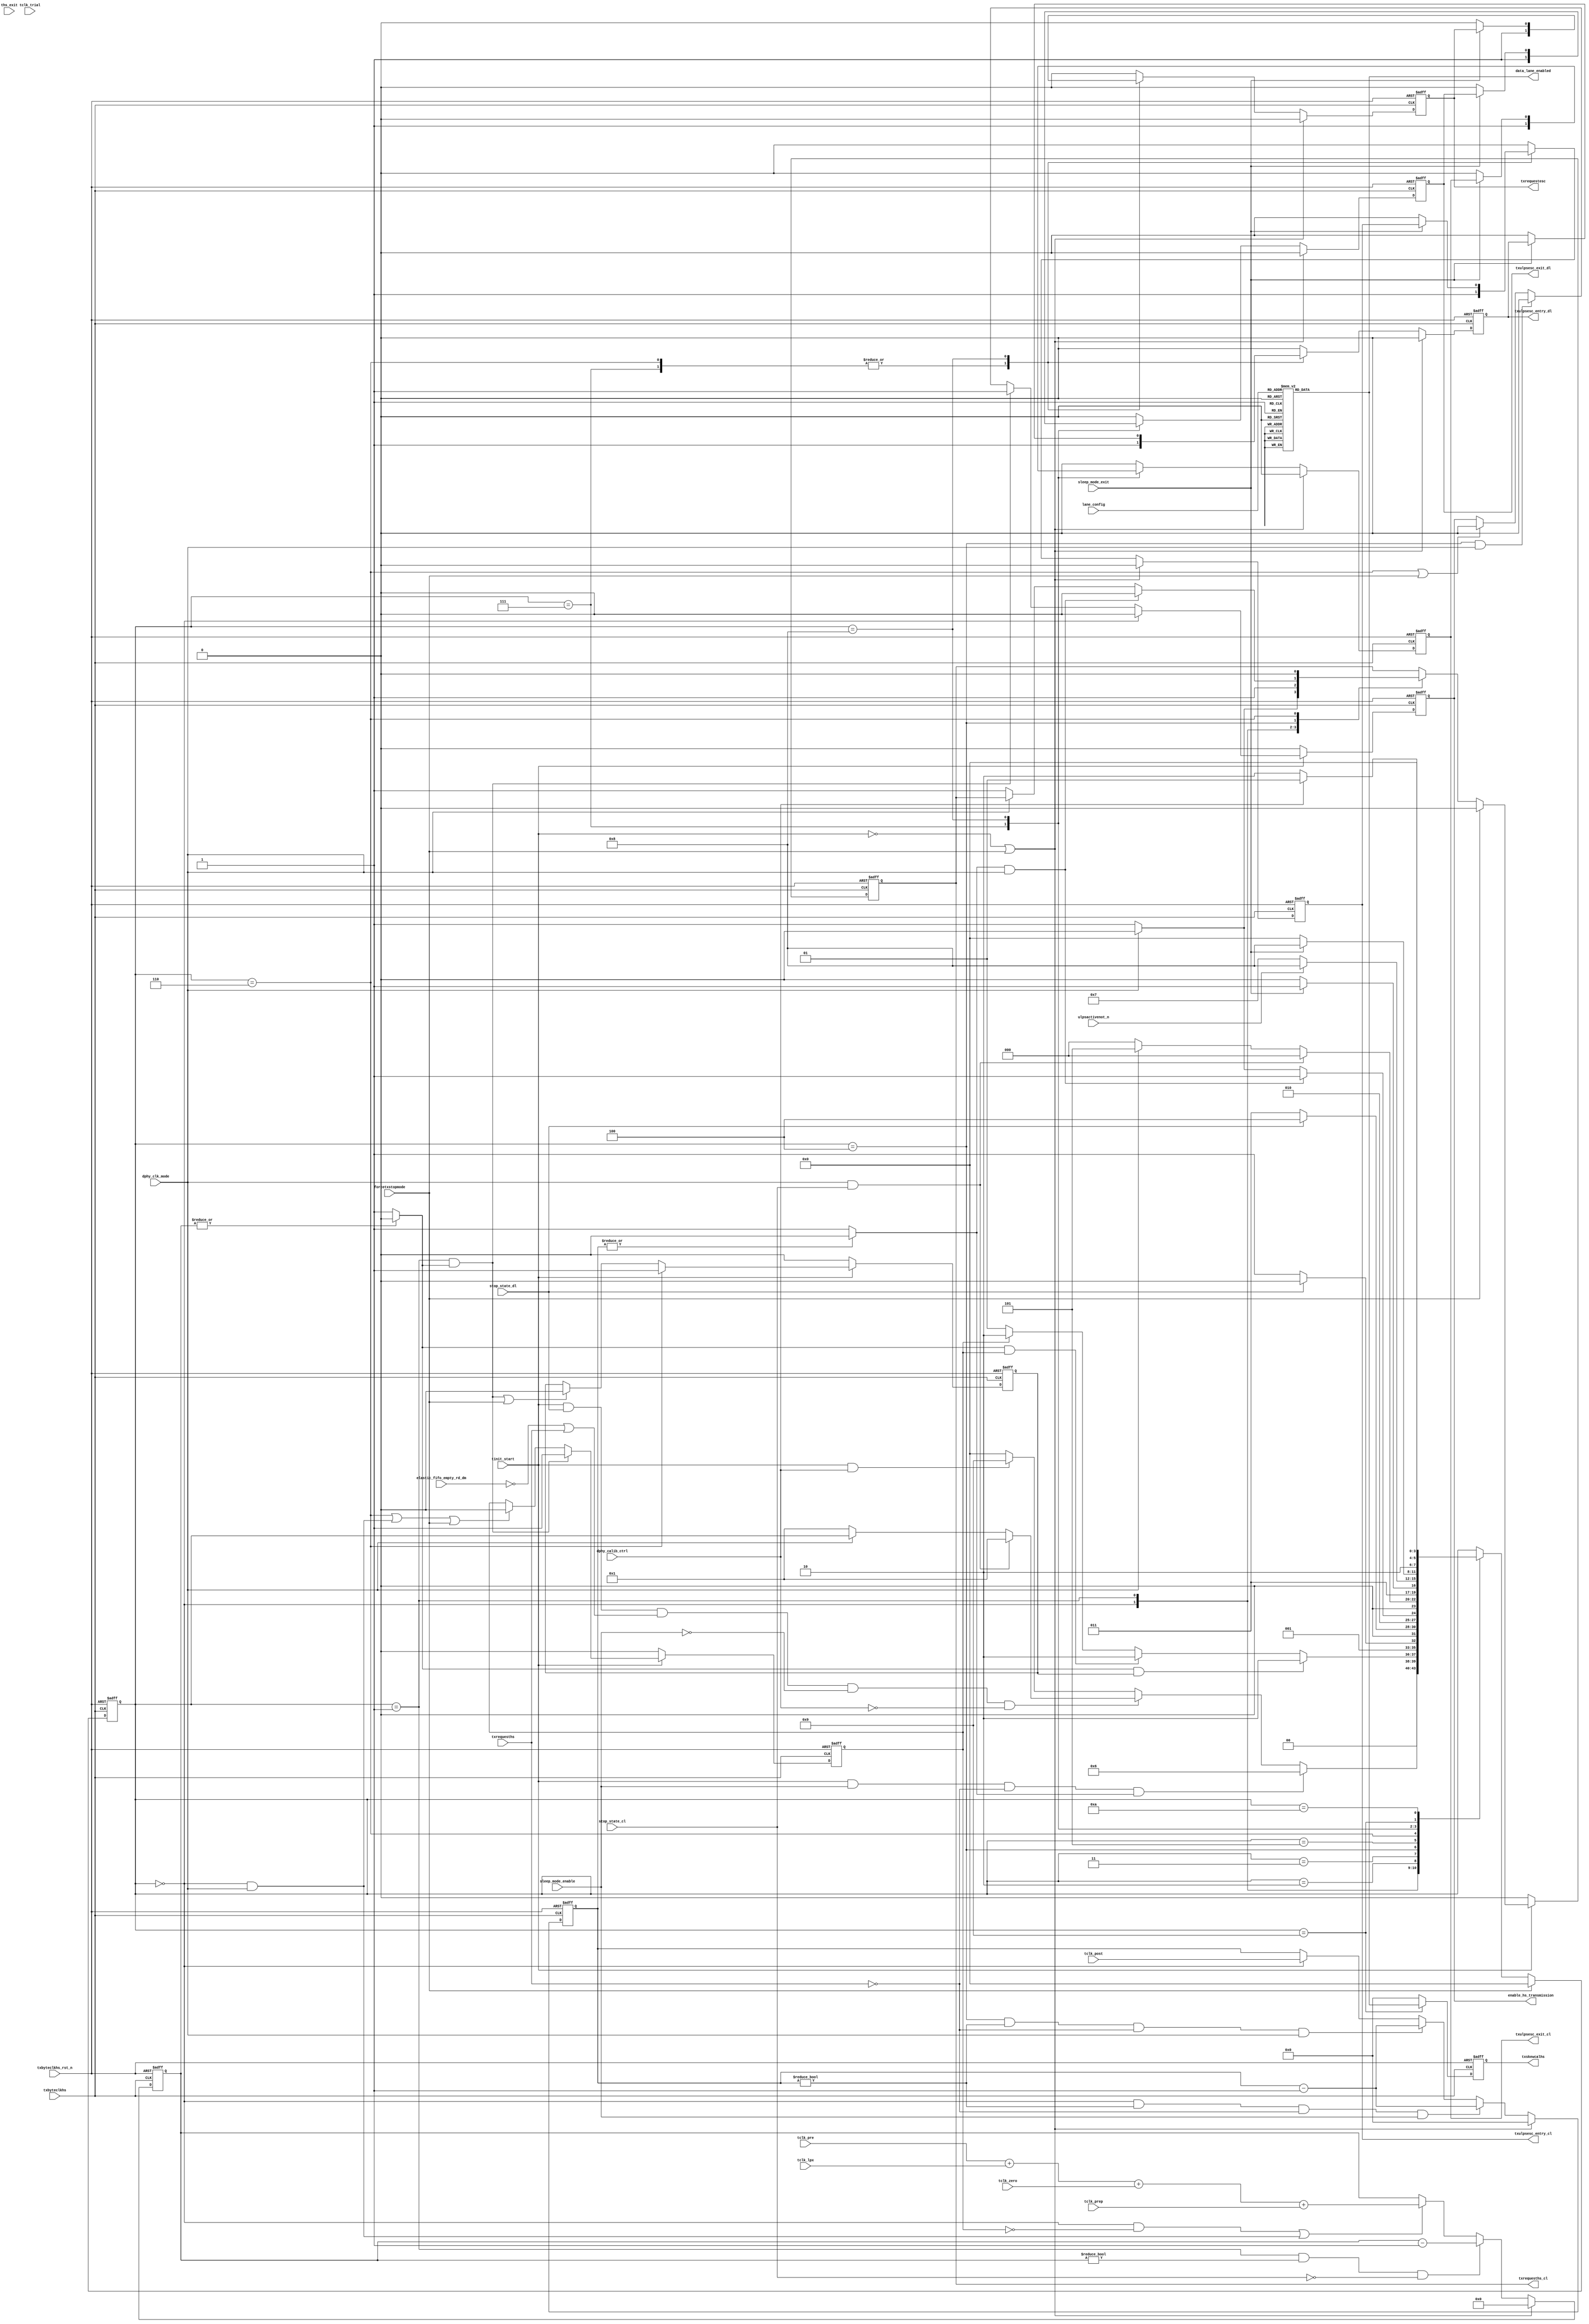
module csi2tx_clock_lane_ctrl 
(
 input  wire        txbyteclkhs               ,
 input  wire        txbyteclkhs_rst_n         ,
 input  wire        sleep_mode_enable         ,
 input  wire        sleep_mode_exit           ,
 input  wire [2:0]  lane_config               ,
 input  wire        forcetxstopmode           ,
 input  wire        dphy_clk_mode             ,
 input  wire        txrequesths               ,
 input  wire        tinit_start               ,
 input  wire        stop_state_cl             ,
 input  wire        stop_state_dl             ,
 input  wire        ulpsactivenot_n           ,
 input  wire [7:0]  tclk_lpx                  ,
 input  wire [7:0]  tclk_prep                 ,
 input  wire [7:0]  tclk_zero                 ,
 input  wire [7:0]  tclk_pre                  ,
 input  wire [7:0]  tclk_post                 ,
 input  wire [7:0]  tclk_trial                ,
 input  wire [7:0]  ths_exit                  ,
 input  wire        elastic_fifo_empty_rd_dm  ,
 input  wire        dphy_calib_ctrl           ,
 output wire        txrequesths_cl            ,
 output wire        txrequestesc              ,
 output wire        txulpsesc_entry_dl        ,
 output wire        txulpsesc_exit_dl         ,
 output wire        txulpsesc_entry_cl        ,
 output wire        txulpsesc_exit_cl         ,
 output wire        enable_hs_transmission    ,
 output wire [7:0]  txskewcalhs               ,
 output wire [7:0]  data_lane_enabled      
);
//------------------------------------------------------------------------------
// Internal signal declaration
reg [3:0] cur_state;
parameter IDLE        = 4'b0000 ;
parameter CLK_EN      = 4'b0001 ;
parameter START_CLK   = 4'b0010 ;
parameter CLK_ACTIVE  = 4'b0011 ;
parameter STOP_CLK    = 4'b0100 ;
parameter WAIT        = 4'b0101 ;
parameter SLEEP_MODE  = 4'b0110 ;
parameter SLEEP_EXIT  = 4'b0111 ;
parameter ULPM_EXIT   = 4'b1000 ;
parameter CALIB_START = 4'b1001 ;
parameter CALIB_END   = 4'b1010 ;
reg        sleep_mode_entry_r          ;
reg        init_clk_pre_done_r         ;
reg        enable_hs_transmission_r    ;
reg        txrequesths_cl_r            ;
reg  [9:0] tclk_pre_r                  ;
wire       tclk_pre_cnt_down2zero_c    ;
reg  [7:0] tclk_post_r                 ;
wire       tclk_post_cnt_down2zero_c   ;
reg  [7:0] data_lane_enabled_s         ;
reg        txrequestesc_r              ;
reg        txulpsesc_entry_dl_r        ;
reg        txulpsesc_exit_dl_r         ;
reg        txulpsesc_entry_cl_r        ;
reg        txulpsesc_exit_cl_r         ;
reg  [7:0] txskewcalhs_r               ;




//------------------------------------------------------------------------------
// 1. This statemachine control the HS request for clock in continuous and 
//    non-continuous clock mode
// 2. Controls the ULPS entry and exit
// 3. Controls the calbiration
// 4. Generates an enable signal for the HS data transmission
//------------------------------------------------------------------------------
always@(posedge txbyteclkhs or negedge txbyteclkhs_rst_n) begin
 if (txbyteclkhs_rst_n == 1'b0)
  cur_state <= IDLE;
 else if (forcetxstopmode == 1'b1)
   cur_state <= IDLE;
 else
  case (cur_state)
   IDLE : begin
    if ((tinit_start == 1'b1) && (sleep_mode_enable == 1'b1) && (txrequesths == 1'b0) && (tclk_post_cnt_down2zero_c == 1'b1)) begin
     cur_state <= SLEEP_MODE;
    // Make sure the data lane are in STOP STATE(LP) and there is either a HS data to be processed before enabling the
    // clock 
    // 1. In continuous clock mode this is valid only at the start up
    // 2. In non-continuos clock mode this is valid for every transaction
    end else if ((tinit_start == 1'b1) && (stop_state_dl == 1'b1) && ((elastic_fifo_empty_rd_dm == 1'b0) || (txrequesths == 1'b1)) && (sleep_mode_enable == 1'b0) && (dphy_calib_ctrl == 1'b0) ) begin
     // In non-continous clock mode make sure even the clock lane in stop state before requesting next HS
      if ((stop_state_cl == 1'b1) && (dphy_clk_mode == 1'b1))
       cur_state <= CLK_EN;
      else if (dphy_clk_mode == 1'b0)
       cur_state <= CLK_EN;
   end else if ((tinit_start == 1'b1) && (dphy_calib_ctrl == 1'b1)) begin
      cur_state <= CALIB_START;
    end else begin
     cur_state <= IDLE;
    end
   end
   //---------------------------------------------------------------------------
   // 1. When the SLEEP mode is requested, make a entry when the state machine
   // enter SLEEP MODE. use this signal to start the clock when the SLEEP mode
   // is exited. As before starting the clock the the CLOCK PRE needs to be satisfied 
   // 2. On first time start up, make sure the clock timing are met and then
   // only the clock is started
   CLK_EN : begin
    if ((tclk_pre_cnt_down2zero_c == 1'b1) && (sleep_mode_entry_r == 1'b1))
     cur_state <= START_CLK;
    else if ((tclk_pre_cnt_down2zero_c == 1'b1) && (init_clk_pre_done_r == 1'b1))
     cur_state <= START_CLK;
    else if (init_clk_pre_done_r == 1'b1)
     cur_state <= START_CLK;
    else
     cur_state <= CLK_EN;
   end
   //---------------------------------------------------------------------------
   // As the clock is started wait for the data lane to enter the HS transmission
   START_CLK : begin
    if (stop_state_dl == 1'b0)
     cur_state <= CLK_ACTIVE;
    else
     cur_state <= START_CLK;
   end
   //---------------------------------------------------------------------------
   // As the data lane is in HS mode, wait till the current transaction get over
   // one it it over
   CLK_ACTIVE : begin
    if (stop_state_dl == 1'b1)
     cur_state <= STOP_CLK;
    else
     cur_state <= CLK_ACTIVE;
   end
   //---------------------------------------------------------------------------
   // Wait for the Clock-Post to stop the clock
   STOP_CLK : begin
    if ((tclk_post_cnt_down2zero_c == 1'b1) && (dphy_clk_mode == 1'b1))
     cur_state <= WAIT;
    // Note : The POST CNT will be taken care only if the SLEEP mode is requrested
    // the condition is covered in IDLE state
    else if (dphy_clk_mode == 1'b0)
     cur_state <= WAIT;
    else
     cur_state <= STOP_CLK;
   end
   //---------------------------------------------------------------------------
   WAIT : begin
    // Checking of stop state cl will take care the tclk_trial in non-continuoud
    // clock mode
    if ((dphy_clk_mode == 1'b1) && (stop_state_cl == 1'b1))
     cur_state <= IDLE;
    else if (dphy_clk_mode == 1'b0)
     cur_state <= IDLE;
    else
     cur_state <= WAIT;     
   end
   //---------------------------------------------------------------------------
   SLEEP_MODE : begin
    if (sleep_mode_exit == 1'b1)
     cur_state <= SLEEP_EXIT;
    else
     cur_state <= SLEEP_MODE;
   end
   //---------------------------------------------------------------------------
   SLEEP_EXIT : begin
    if (ulpsactivenot_n == 1'b1)
     cur_state <= ULPM_EXIT;
    else
     cur_state <= SLEEP_EXIT;
   end
   //---------------------------------------------------------------------------
   ULPM_EXIT : begin
    if (sleep_mode_exit == 1'b0)
     cur_state <= IDLE;
    else
     cur_state <= ULPM_EXIT;
   end
   //---------------------------------------------------------------------------
   CALIB_START : begin
    if (dphy_calib_ctrl == 1'b0)
      cur_state <= CALIB_END;
    else
      cur_state <= CALIB_START;
   end
   //---------------------------------------------------------------------------
   CALIB_END : begin
    cur_state <= IDLE;
   end
  endcase
end

//-----------------------------------------------------------------------------
// Calibration PPI control
always@(posedge txbyteclkhs or negedge txbyteclkhs_rst_n) begin
  if (txbyteclkhs_rst_n == 1'b0) 
   txskewcalhs_r <= 8'b0;
  else 
   case(cur_state)
     CALIB_START : begin
       txskewcalhs_r <= data_lane_enabled_s;
     end 
     default : txskewcalhs_r <= 8'b0;
   endcase
end

assign txskewcalhs = txskewcalhs_r;

//------------------------------------------------------------------------------
// The sleep mode entry signal is used to indicates that the PHY had entered
// the sleep mode and exited. After the exit make sure to when requesting for 
// new HS request, all the timing for the clock lane is met. 
//------------------------------------------------------------------------------
always@(posedge txbyteclkhs or negedge txbyteclkhs_rst_n) begin
 if (txbyteclkhs_rst_n == 1'b0)
  sleep_mode_entry_r <= 1'b0;
 else if (tinit_start == 1'b0)
  sleep_mode_entry_r <= 1'b0;
 else if (cur_state == SLEEP_MODE)
  sleep_mode_entry_r <= 1'b1;
 else if (((cur_state == CLK_EN) && (tclk_pre_cnt_down2zero_c == 1'b1)) || (forcetxstopmode == 1'b1)) 
  sleep_mode_entry_r <= 1'b0;
end

always@(posedge txbyteclkhs or negedge txbyteclkhs_rst_n) begin
 if (txbyteclkhs_rst_n == 1'b0)
  init_clk_pre_done_r <= 1'b0;
 else if (tinit_start == 1'b0)
  init_clk_pre_done_r <= 1'b0;
 // 1. For continuous clock mode one set will be held high until the reset
 // 2. For non-continoud clock mode de-asserted for every burst and asserted back
 else if ((cur_state == CLK_EN) && (tclk_pre_cnt_down2zero_c == 1'b1))
  init_clk_pre_done_r <= 1'b1;
 else if ((cur_state == SLEEP_MODE) || ( (cur_state == IDLE) && (dphy_clk_mode == 1'b1)) || (forcetxstopmode == 1'b1))
  init_clk_pre_done_r <= 1'b0;
end

//------------------------------------------------------------------------------
// This signal is driven high only after the clock is driven on the clock lane
// to meet the DPHY specificaiton
//------------------------------------------------------------------------------
always@(posedge txbyteclkhs or negedge txbyteclkhs_rst_n) begin
 if (txbyteclkhs_rst_n == 1'b0)
  enable_hs_transmission_r <= 1'b0;
 else if (tinit_start == 1'b0)
  enable_hs_transmission_r <= 1'b0;
 else if (cur_state == IDLE)
  enable_hs_transmission_r <= 1'b0;
 // 1. For continuous clock mode one set will be held high until the reset
 // 2. For non-continoud clock mode de-asserted for every burst and asserted back
 else if ((cur_state == CLK_EN) && (tclk_pre_cnt_down2zero_c == 1'b1))
  enable_hs_transmission_r <= 1'b1;
 else if ((cur_state == STOP_CLK) && (dphy_clk_mode == 1'b1))
   enable_hs_transmission_r <= 1'b0;
 else if ((cur_state == SLEEP_MODE) || (forcetxstopmode == 1'b1))
  enable_hs_transmission_r <= 1'b0;
end

assign enable_hs_transmission = enable_hs_transmission_r;

//------------------------------------------------------------------------------
// Clock lane HS request generation
always@(posedge txbyteclkhs or negedge txbyteclkhs_rst_n) begin
 if (txbyteclkhs_rst_n == 1'b0)
  txrequesths_cl_r <= 1'b0;
 else if (tinit_start == 1'b0)
  txrequesths_cl_r <= 1'b0;
 else if (forcetxstopmode == 1'b1)
   txrequesths_cl_r <= 1'b0;
 else 
  case (cur_state)
   IDLE : begin
    if (dphy_clk_mode == 1'b0)
     txrequesths_cl_r <= 1'b1;
    else if (dphy_clk_mode == 1'b1)
     txrequesths_cl_r <= 1'b0;
    else 
     txrequesths_cl_r <= 1'b0;
   end
   CLK_EN : begin
    txrequesths_cl_r <= 1'b1;
   end
   STOP_CLK : begin
    if ((tclk_post_cnt_down2zero_c == 1'b1) && (dphy_clk_mode == 1'b1))
     txrequesths_cl_r <= 1'b0;
    // Note : The POST CNT will be taken care only if the SLEEP mode is requrested
    // the condition is covered in IDLE state
    else if (dphy_clk_mode == 1'b0)
     txrequesths_cl_r <= 1'b1;
    else
     txrequesths_cl_r <= txrequesths_cl_r;
   end
   SLEEP_MODE : begin
    txrequesths_cl_r <= 1'b0;
   end
   default : txrequesths_cl_r <= txrequesths_cl_r;   
  endcase 
end

assign txrequesths_cl = txrequesths_cl_r;

//------------------------------------------------------------------------------
// Tclk Pre
always@(posedge txbyteclkhs or negedge txbyteclkhs_rst_n) begin
 if (txbyteclkhs_rst_n == 1'b0)
  tclk_pre_r <= 10'b0;
 else if ((tinit_start == 1'b0) || (forcetxstopmode == 1'b1))
  tclk_pre_r <= 10'b0;
 else if ((cur_state == CLK_EN) && (tclk_pre_r != 10'h0) &&  (stop_state_cl == 1'b0))
  tclk_pre_r <= tclk_pre_r - 1'b1;
 else if (((cur_state == IDLE) && (init_clk_pre_done_r == 1'b0)) || ((cur_state == IDLE) && (dphy_clk_mode == 1'b1)))
  tclk_pre_r <= tclk_pre + tclk_lpx + tclk_zero + tclk_prep;
end

assign tclk_pre_cnt_down2zero_c = (!(|tclk_pre_r)) ? 1'b1 : 1'b0;

//------------------------------------------------------------------------------
// Tclk post
always@(posedge txbyteclkhs or negedge txbyteclkhs_rst_n) begin
 if (txbyteclkhs_rst_n == 1'b0)
  tclk_post_r <= 8'b0;
 else if ((tinit_start == 1'b0) || (forcetxstopmode == 1'b1))
  tclk_post_r <= 8'b0;
 else if ((cur_state == IDLE) && (tclk_post_r != 0) && (txrequesths == 1'b0) && (sleep_mode_enable == 1'b1))
  tclk_post_r <= tclk_post_r - 1'b1;
 else if ((cur_state == STOP_CLK) && (tclk_post_r != 0) && (txrequesths == 1'b0) && (dphy_clk_mode == 1'b1))
  tclk_post_r <= tclk_post_r - 1'b1;
 else if (cur_state == IDLE)
  tclk_post_r <= tclk_post;
end

assign tclk_post_cnt_down2zero_c = (!(|tclk_post_r)) ? 1'b1 : 1'b0;

//------------------------------------------------------------------------------
//
always@(*) begin
 case (lane_config)
  3'b000  : data_lane_enabled_s = 8'b0000_0001;
  3'b001  : data_lane_enabled_s = 8'b0000_0011;
  3'b010  : data_lane_enabled_s = 8'b0000_0111;
  3'b011  : data_lane_enabled_s = 8'b0000_1111;
  3'b100  : data_lane_enabled_s = 8'b0001_1111;
  3'b101  : data_lane_enabled_s = 8'b0011_1111;
  3'b110  : data_lane_enabled_s = 8'b0111_1111;
  3'b111  : data_lane_enabled_s = 8'b1111_1111;
  default : data_lane_enabled_s = 8'b0000_0000;
 endcase
end

assign data_lane_enabled = data_lane_enabled_s;

//------------------------------------------------------------------------------
// ULPS and ESC request generation
always@(posedge txbyteclkhs or negedge txbyteclkhs_rst_n) begin
 if (txbyteclkhs_rst_n == 1'b0) begin
  txrequestesc_r        <= 1'b0;
  txulpsesc_entry_dl_r  <= 1'b0;
  txulpsesc_exit_dl_r   <= 1'b0;
  txulpsesc_entry_cl_r  <= 1'b0;
  txulpsesc_exit_cl_r   <= 1'b0;
 end else if ((tinit_start == 1'b0) || (forcetxstopmode == 1'b1)) begin
  txrequestesc_r        <= 1'b0;
  txulpsesc_entry_dl_r  <= 1'b0;
  txulpsesc_exit_dl_r   <= 1'b0;
  txulpsesc_entry_cl_r  <= 1'b0;
  txulpsesc_exit_cl_r   <= 1'b0;
 end else  
  case (cur_state)
   SLEEP_MODE : begin
   txrequestesc_r        <= 1'b1;
   txulpsesc_entry_dl_r  <= 1'b1;
   txulpsesc_exit_dl_r   <= 1'b0;
   txulpsesc_entry_cl_r  <= 1'b1;
   txulpsesc_exit_cl_r   <= 1'b0;
  end
   //---------------------------------------------------------------------------
   SLEEP_EXIT : begin
     txrequestesc_r        <= 1'b1;
     txulpsesc_entry_dl_r  <= 1'b1;
     txulpsesc_exit_dl_r   <= 1'b1;
     txulpsesc_entry_cl_r  <= 1'b1;
     txulpsesc_exit_cl_r   <= 1'b1;
    end
   //---------------------------------------------------------------------------
   ULPM_EXIT : begin
    if (sleep_mode_exit == 1'b0) begin
     txrequestesc_r        <= 1'b0;
     txulpsesc_entry_dl_r  <= 1'b0;
     txulpsesc_exit_dl_r   <= 1'b0;
     txulpsesc_entry_cl_r  <= 1'b0;
     txulpsesc_exit_cl_r   <= 1'b0;
    end
   end    
   //---------------------------------------------------------------------------
   default : begin
     txrequestesc_r        <= 1'b0;
     txulpsesc_entry_dl_r  <= 1'b0;
     txulpsesc_exit_dl_r   <= 1'b0;
     txulpsesc_entry_cl_r  <= 1'b0;
     txulpsesc_exit_cl_r   <= 1'b0;
   end
  endcase
end

assign txrequestesc          = txrequestesc_r       ;
assign txulpsesc_entry_dl    = txulpsesc_entry_dl_r ;
assign txulpsesc_exit_dl     = txulpsesc_exit_dl_r  ;
assign txulpsesc_entry_cl    = txulpsesc_entry_cl_r ;
assign txulpsesc_exit_cl     = txulpsesc_exit_cl_r  ;

endmodule